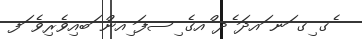
ެގ ިގ ަނ ައދަ ެދ ްއގެ ިސފަ ިއން ަބއިވެރިވެ ަފ